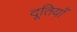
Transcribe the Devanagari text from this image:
दूतियाँ